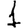
Digit: 1